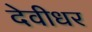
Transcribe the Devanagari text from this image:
देवीधर